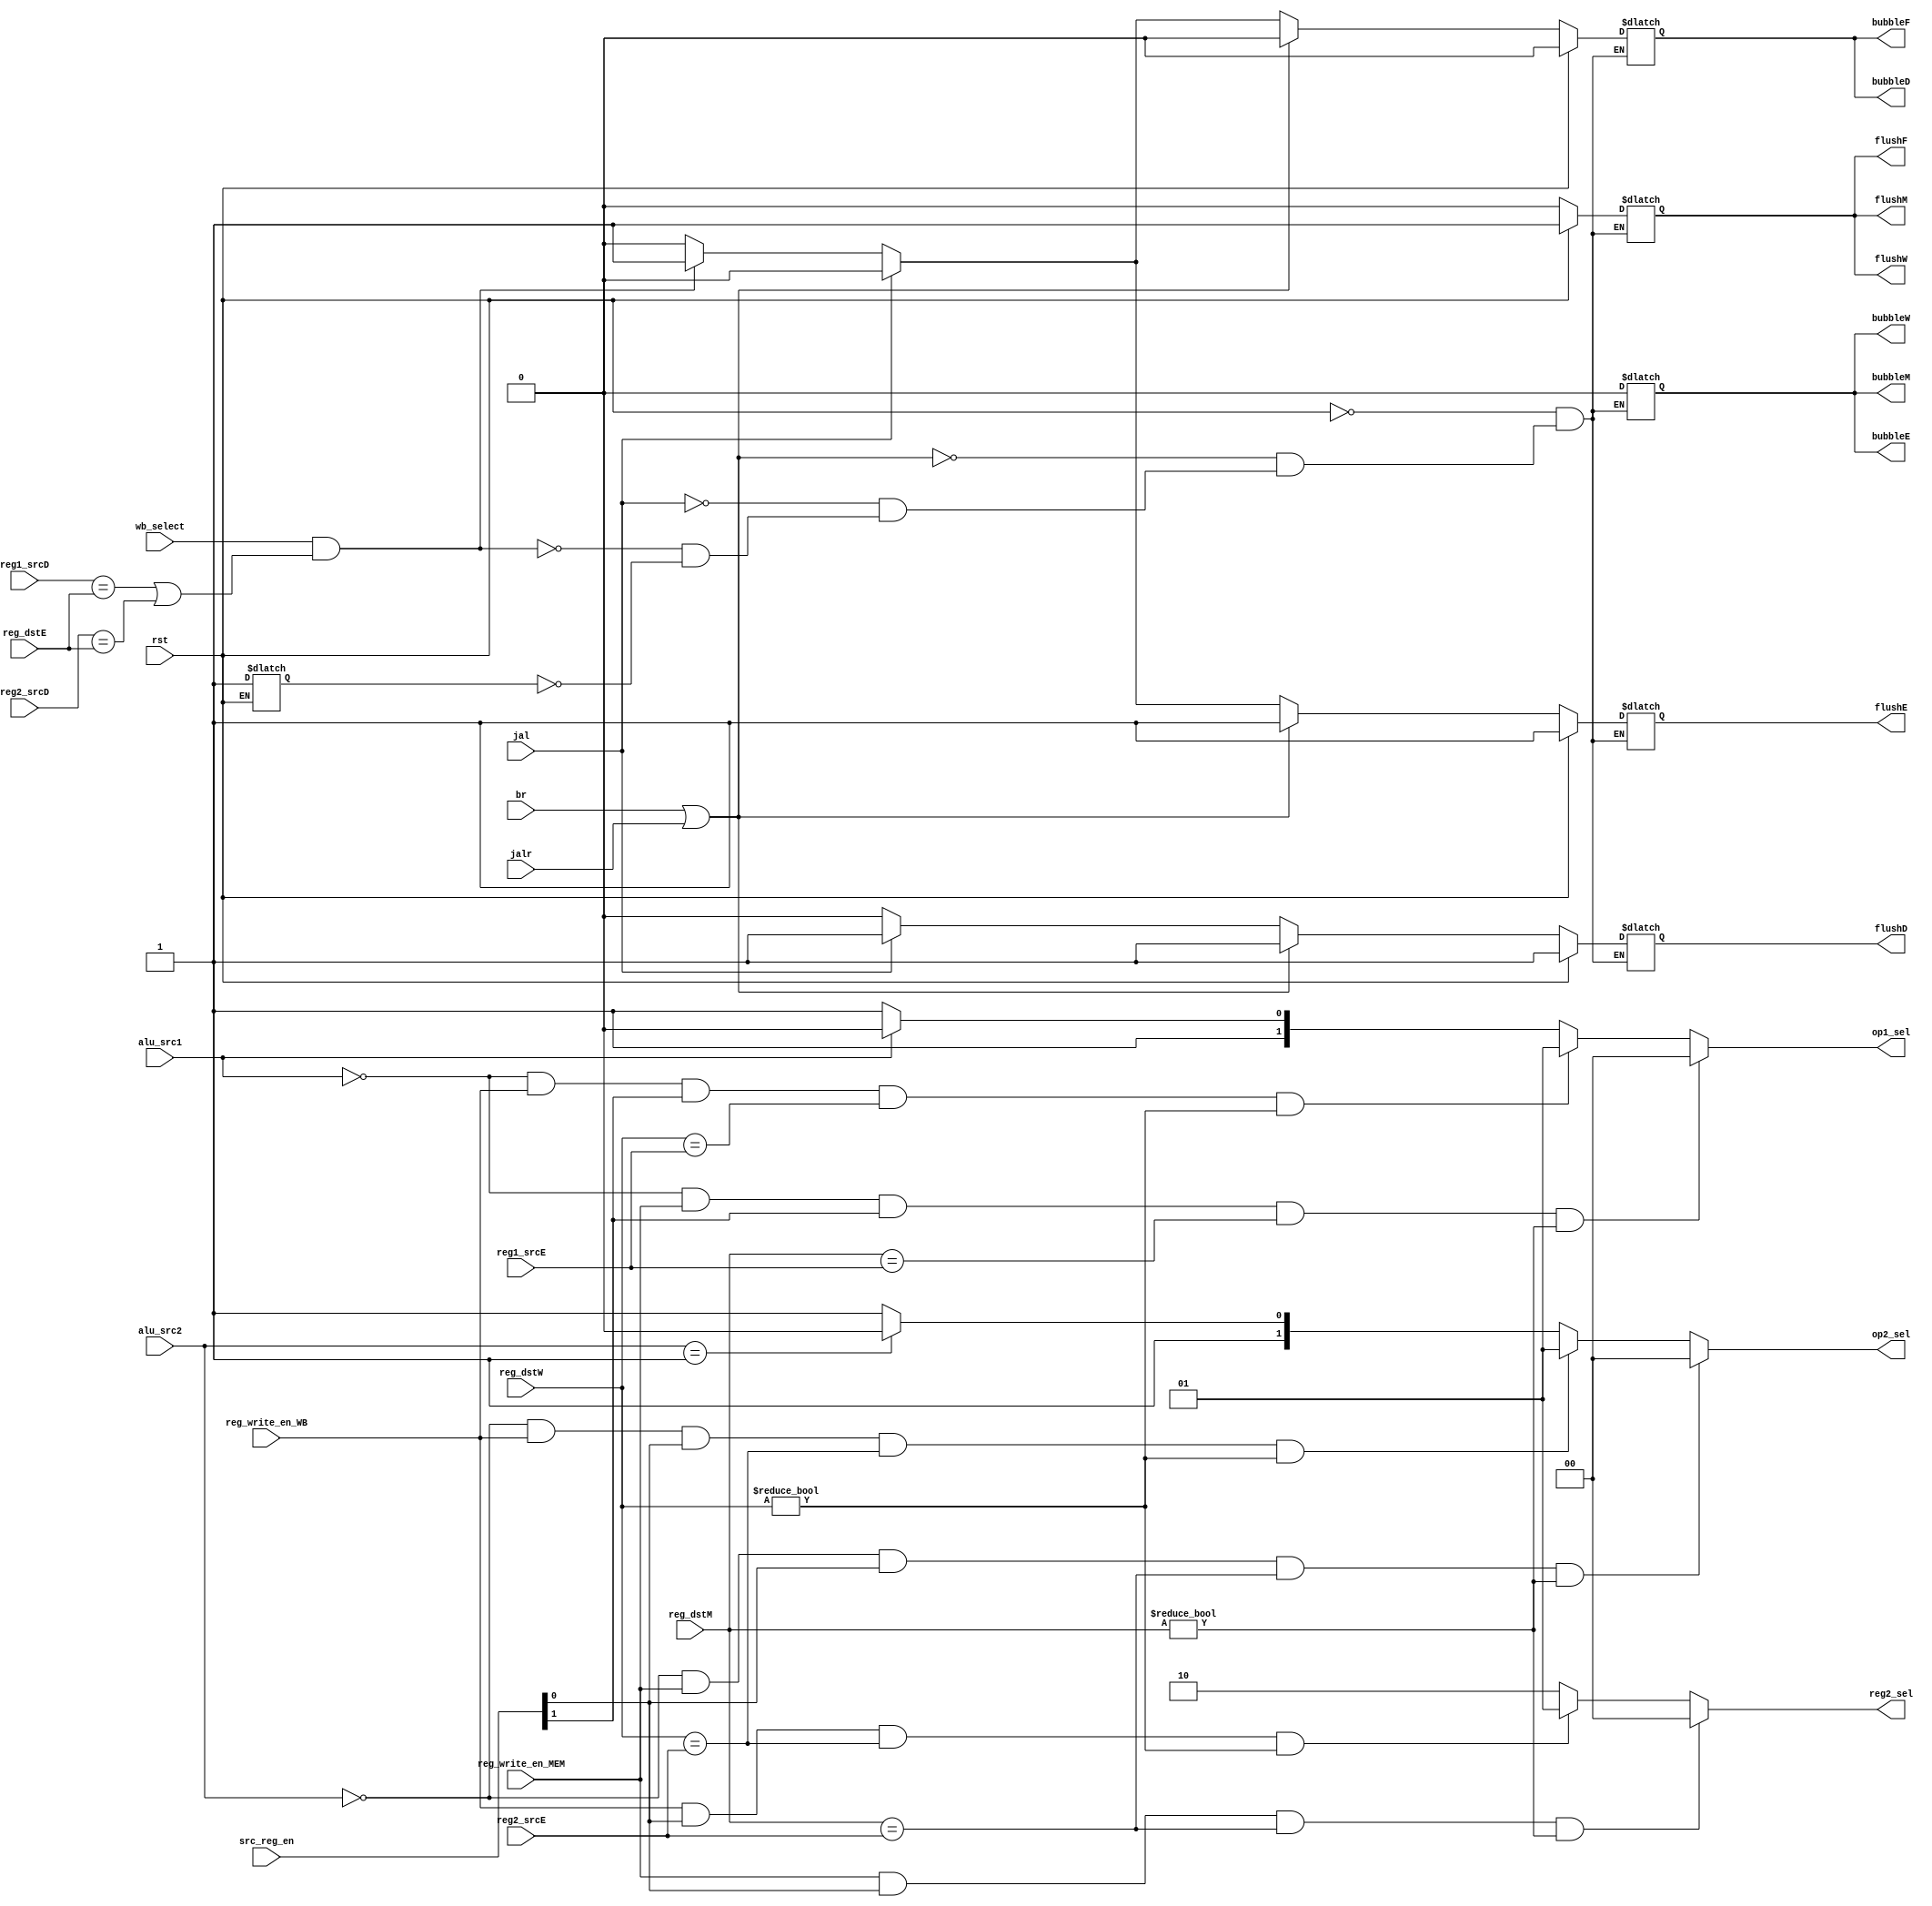
`timescale 1ns / 1ps
//////////////////////////////////////////////////////////////////////////////////
// Company: USTC ESLAB
// 
// Design Name: RV32I Core
// Module Name: Hazard Module
// Tool Versions: Vivado 2017.4.1
// Description: Hazard Module is used to control flush, bubble and bypass
// 
//////////////////////////////////////////////////////////////////////////////////

//  
    //  flushbubble
// 
    // rst               CPUrst
    // reg1_srcD         IDreg1
    // reg2_srcD         IDreg2
    // reg1_srcE         EXreg1
    // reg2_srcE         EXreg2
    // reg_dstE          EXreg
    // reg_dstM          MEMreg
    // reg_dstW          WBreg
    // br                branch
    // jalr              jalr
    // jal               jal
    // src_reg_en        reg1reg2
    // wb_select         Cache?ALU?
    // reg_write_en_MEM  MEM?
    // reg_write_en_WB   WB?
    // alu_src1          ALU?1?0reg1?1PC
    // alu_src2          ALU?2?2b00reg2?2'b01reg2?2'b10?
// 
    // flushF            IFflush
    // bubbleF           IFbubble
    // flushD            IDflush
    // bubbleD           IDbubble
    // flushE            EXflush
    // bubbleE           EXbubble
    // flushM            MEMflush
    // bubbleM           MEMbubble
    // flushW            WBflush
    // bubbleW           WBbubble
    // op1_sel           ALU1?2'b00ALU?2'b01write back data?2'b10PC?2'b11reg1
    // op2_sel           ALU2?2'b00ALU?2'b01write back data?2'b10reg2?2'b11reg2
    // reg2_sel          reg2?
// 
    // 


module HarzardUnit(
    input wire rst,
    input wire [4:0] reg1_srcD, reg2_srcD, reg1_srcE, reg2_srcE, reg_dstE, reg_dstM, reg_dstW,
    input wire br, jalr, jal,
    input wire [1:0] src_reg_en,
    input wire wb_select,
    input wire reg_write_en_MEM,
    input wire reg_write_en_WB,
    input wire alu_src1,
    input wire [1:0] alu_src2,
    output reg flushF, bubbleF, flushD, bubbleD, flushE, bubbleE, flushM, bubbleM, flushW, bubbleW,
    output reg [1:0] op1_sel, op2_sel, reg2_sel
    );
    reg flag;
    initial begin
         {flushF, bubbleF, flushD, bubbleD, flushE, bubbleE, flushM, bubbleM, flushW, bubbleW} <= 10'b0101010101;
         flag = 0;
    end
    always@(*)begin
        if(rst)begin
            {flushF, bubbleF, flushD, bubbleD, flushE, bubbleE, flushM, bubbleM, flushW, bubbleW} <= 10'b1010101010;
            flag = 1;
        end
        else if(br | jalr)
            {flushF, bubbleF, flushD, bubbleD, flushE, bubbleE, flushM, bubbleM, flushW, bubbleW} <= 10'b0010100000;
        else if(jal)
            {flushF, bubbleF, flushD, bubbleD, flushE, bubbleE, flushM, bubbleM, flushW, bubbleW} <= 10'b0010000000;
        else if(wb_select == 1 & ((reg1_srcD == reg_dstE) | (reg2_srcD == reg_dstE)))//RAW
            {flushF, bubbleF, flushD, bubbleD, flushE, bubbleE, flushM, bubbleM, flushW, bubbleW} <= 10'b0101100000;
        else if(flag == 1)
            {flushF, bubbleF, flushD, bubbleD, flushE, bubbleE, flushM, bubbleM, flushW, bubbleW} <= 10'b0000000000;
    end
    always@(*)begin
        if(alu_src1 == 1'b0 & reg_write_en_MEM == 1  && src_reg_en[1] == 1'b1 && reg_dstM == reg1_srcE && reg_dstM != 5'b0)
            op1_sel <= 2'b00;
        else if(alu_src1 == 1'b0 & reg_write_en_WB == 1  && src_reg_en[1] == 1'b1 && reg_dstW == reg1_srcE && reg_dstW != 5'b0)
            op1_sel <= 2'b01;
        else if(alu_src1 == 1'b1)
            op1_sel <= 2'b10;
        else
            op1_sel <= 2'b11;
    end
    always@(*)begin
        if(alu_src2 == 2'b00 & reg_write_en_MEM == 1  && src_reg_en[0] == 1'b1 && reg_dstM == reg2_srcE && reg_dstM != 5'b0)
            op2_sel <= 2'b00;
        else if(alu_src2 == 2'b00 && reg_write_en_WB == 1  && src_reg_en[0] == 1'b1 && reg_dstW == reg2_srcE && reg_dstW != 5'b0)
            op2_sel <= 2'b01;
        else if(alu_src2 == 2'b01)
            op2_sel <= 2'b10;
        else
            op2_sel <= 2'b11;
    end
    always@(*)begin
        if(reg_write_en_MEM == 1  && src_reg_en[0] == 1'b1 && reg_dstM == reg2_srcE && reg_dstM != 5'b0)
            reg2_sel <= 2'b00;
        else if(reg_write_en_WB == 1  && src_reg_en[0] == 1'b1 && reg_dstW == reg2_srcE && reg_dstW != 5'b0)
            reg2_sel <= 2'b01;
        else
            reg2_sel <= 2'b10;
    end
    // TODO: Complete this module
        /////

endmodule